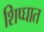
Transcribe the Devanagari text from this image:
शिप्घात